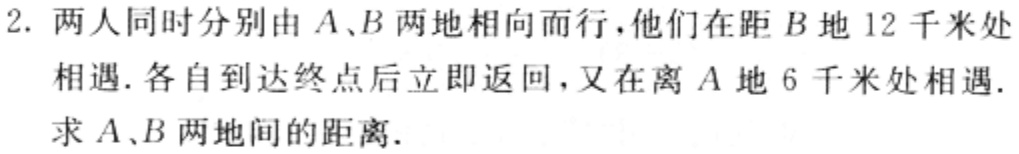
2. 两人同时分别由\(A、B\)两地相向而行，他们在距\(B\)地\(12\)千米处相遇. 各自到达终点后立即返回，又在离\(A\)地\(6\)千米处相遇. 求\(A、B\)两地间的距离.